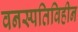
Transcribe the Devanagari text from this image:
वनस्पतिविहीन